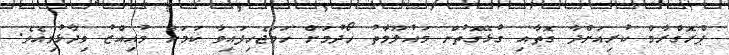
ޕްރޮގްރާމް ކުރިއަށްދާ ގޮތާއި ގުޅޭގޮތުން މައުލޫމާތު ހޯދުމަށް ހަމަޖެހިފައިވާ ކަމަށް މުއިއްޒު ވިދާޅުވިއެވެ.